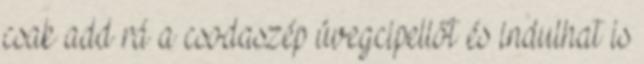
csak add rá a csodaszép üvegcipellőt és indulhat is